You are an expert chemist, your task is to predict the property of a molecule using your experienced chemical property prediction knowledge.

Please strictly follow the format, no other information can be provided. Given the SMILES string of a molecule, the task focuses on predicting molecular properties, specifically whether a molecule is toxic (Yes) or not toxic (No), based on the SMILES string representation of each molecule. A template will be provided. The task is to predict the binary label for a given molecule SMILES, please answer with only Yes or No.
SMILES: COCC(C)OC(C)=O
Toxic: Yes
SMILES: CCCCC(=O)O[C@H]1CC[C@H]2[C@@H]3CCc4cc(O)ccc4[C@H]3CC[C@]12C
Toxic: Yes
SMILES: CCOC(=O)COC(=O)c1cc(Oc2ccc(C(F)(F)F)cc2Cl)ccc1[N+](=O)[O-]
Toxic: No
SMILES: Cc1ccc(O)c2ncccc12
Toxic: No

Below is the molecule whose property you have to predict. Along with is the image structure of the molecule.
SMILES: CN(C)c1ccc(CCO)cc1
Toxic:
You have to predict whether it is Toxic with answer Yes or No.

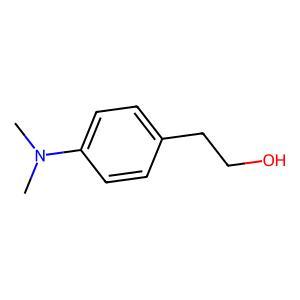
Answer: No